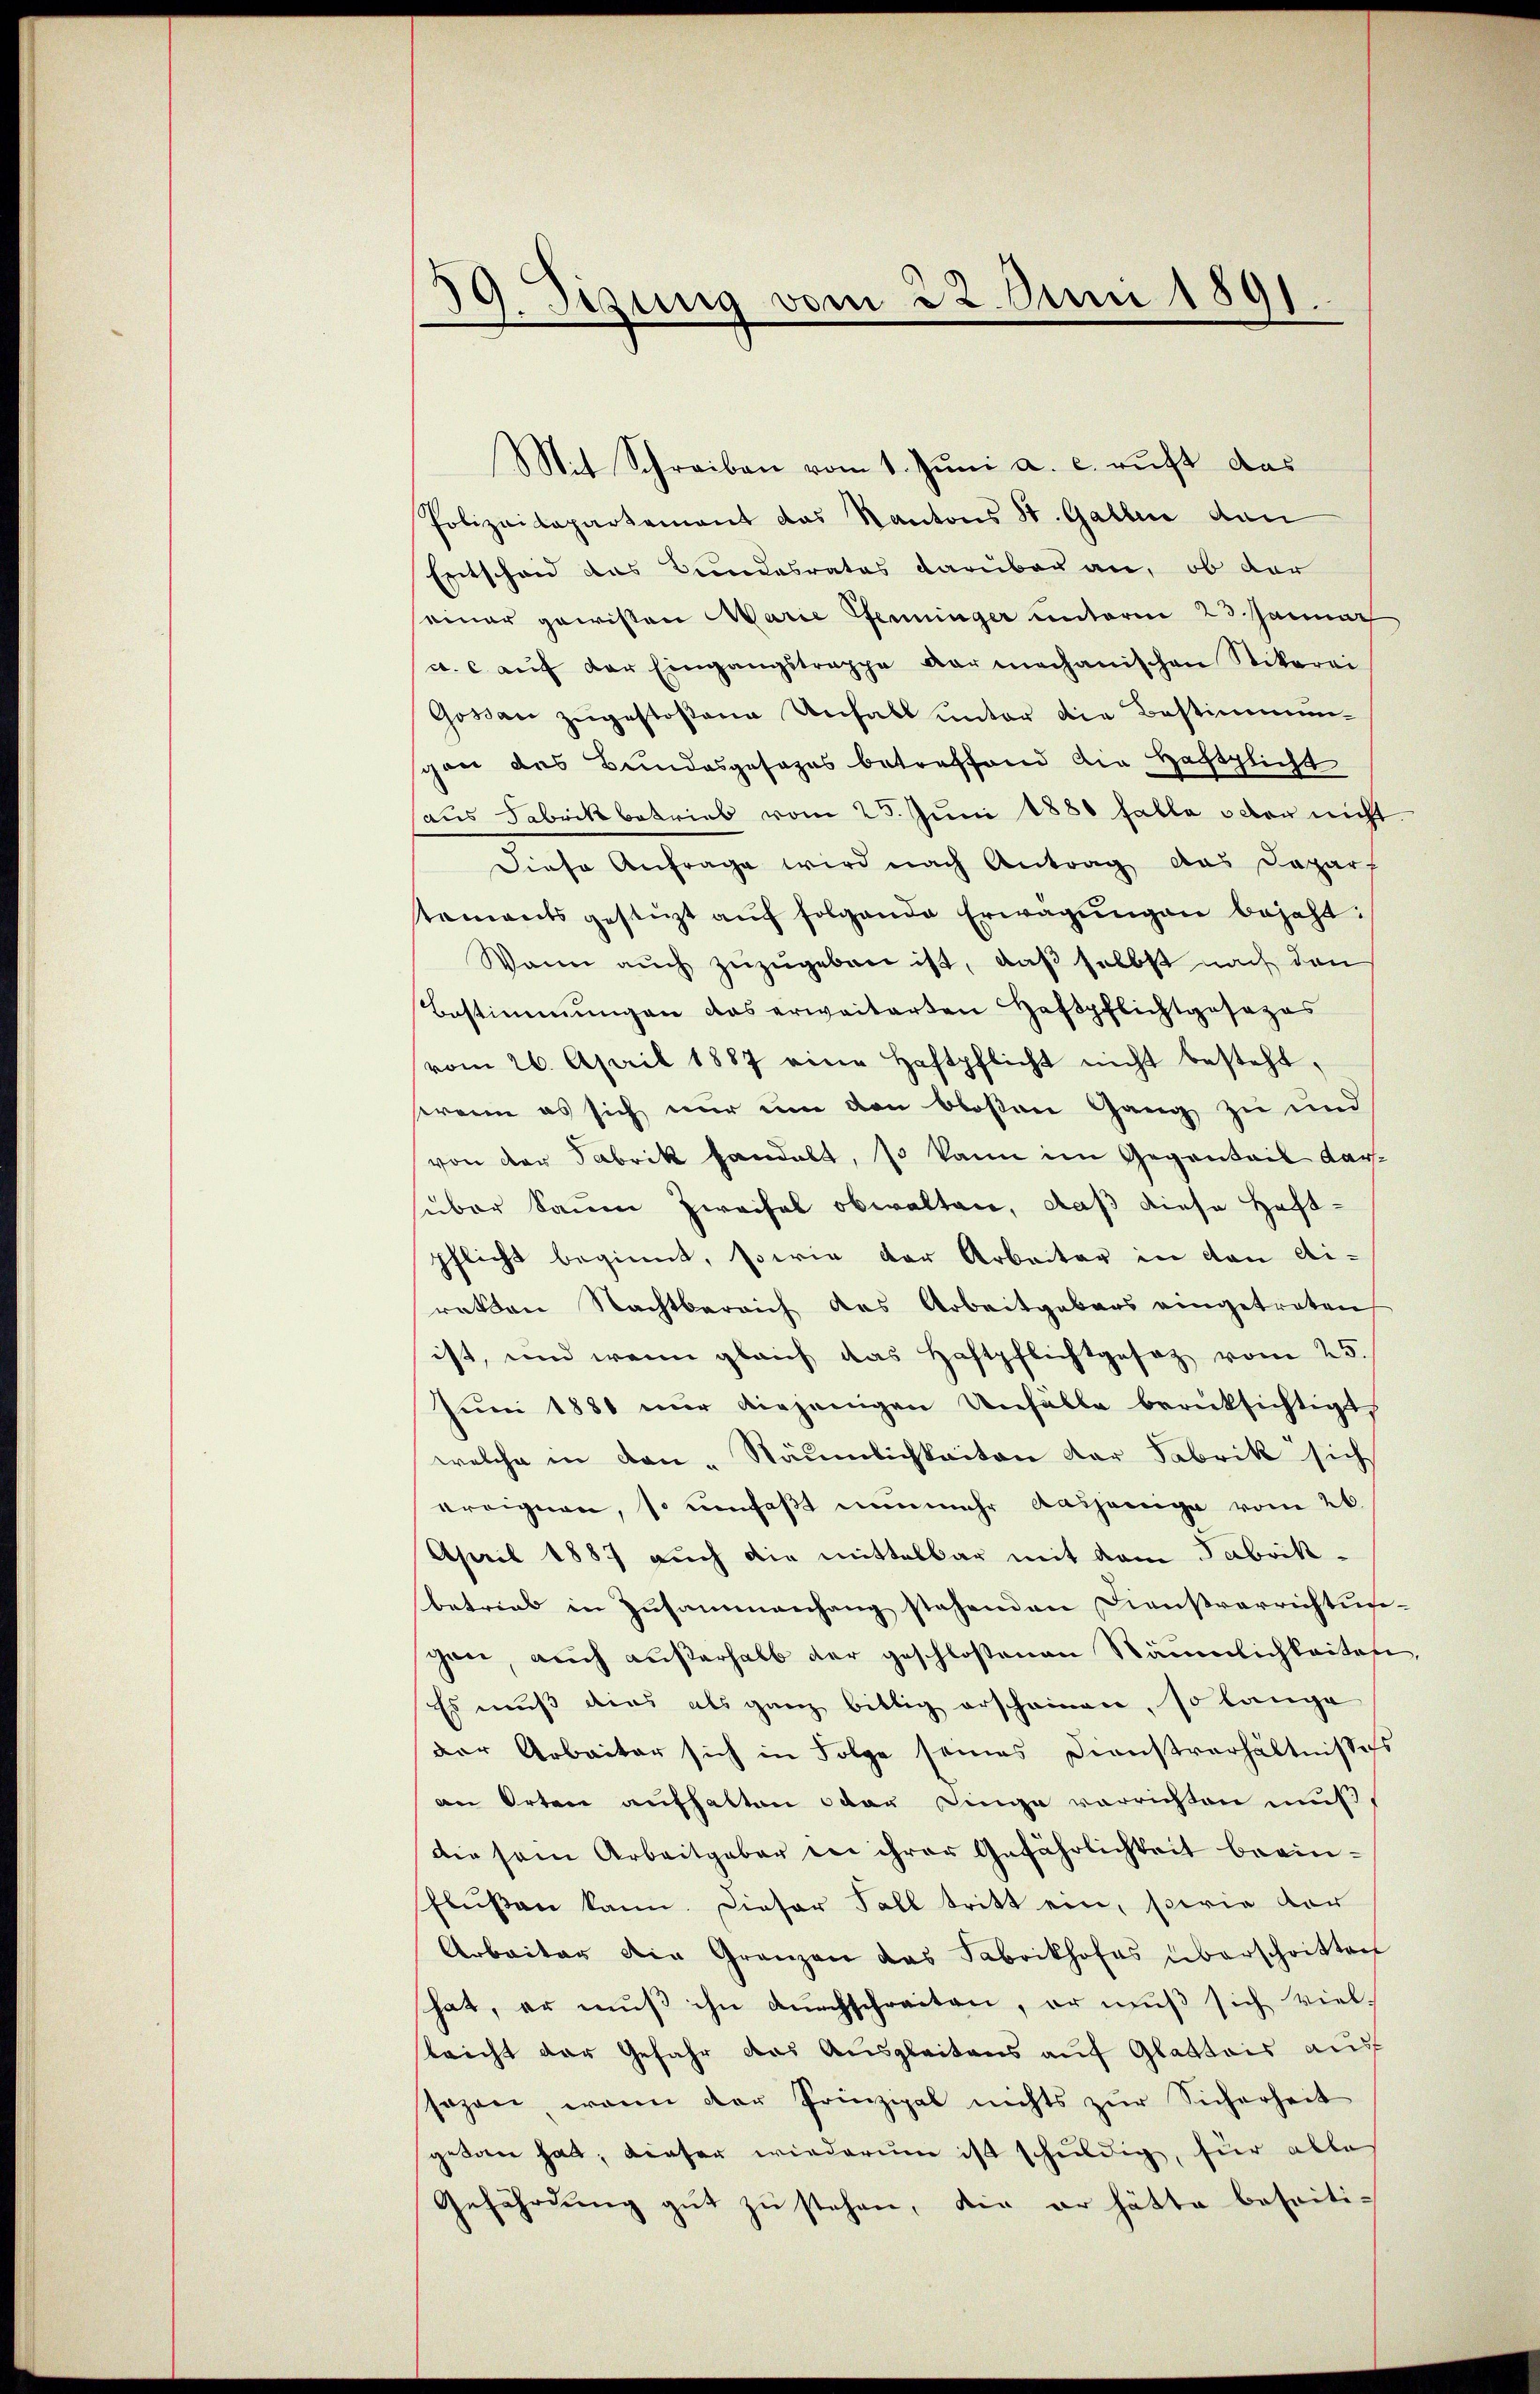
59. Sizung vom 22. Juni 1891.

Mit Schreiben vom 1. Juni a. c. ruft das
Polizeidepartement das Kantons St. Galle dan
Entscheid das Bundesrates darüber an, ob der
seiner gewissen Marie Pfenninger unterm 23. Januar
a. c. aŭf der Eingangstrappe der mechanischen Stikerei
Gossau zugestoßene Unfall unter die Bestimmun-
scon das Bundesgesages betreffend die Hechtlicht
aus Fabrikbetrieb vom 25. Juni 1880 falle oder nicht
Diese Anfrage wird nach Antrag das Depar
taments gestüzt aŭf folgende Erwägŭngen bejaht:
Wann aŭch zŭzŭgeben ist, daß selbst nach den
Bestimmungen das erweiterten Haftpflichtgesezes
vom 26. April 1887 eine Haftpflicht nicht besteht,
wenn es sich nur um den bloßen Gang zu und
von der Fabrik handelt, so kann im Gegentail Karsüber kaum Zweifel obwalten, daß diese Haft-
pflicht beginnt, sowie der Arbeiter in den Ai-
retten Nachtbereich das Arbeitgebaus eingetreten
ist, und wenn gleich das Haftpflichtgesez vom 25.
Juni 1881 nur diejenigen Unfälle berüksichtigt
welche in den - Räumlichkeiten der Fabrik sich
ereignen, so umfaßt nunmehr dasjenige vom 26.
April 1887 auch die mittelbar mit dem Fabrikbetrieb in Zusammenhang stehenden Dienstverrichtungen, auch außerhalb der geschloßenen Säumlichkeiten,
Es muß dies als ganz bittig erscheinen, so lange
der Arbeiter sich in Folge seines Dienstverhältnissess
an Orten aufhalten oder Dinge verrichten muß,
die sein Arbeitgaber der ihrer Gefährlichkeit beginflüssen kann. Dieser Fall tritt ein, sowie der
Arbeiter die Granzen das Fabrikhofes überschritten
hat, er muß ihn durchschreiten, er muß sich viellricht der Gefahr das Ausgleitens auf Glattais auf
sazen, wenn der Prinzipal nichts zŭr Sicherheit
getan hat; dieser wiederum ist schuldig, für alle
Gefährdung gut zu stehen, die er hätte beseiti-